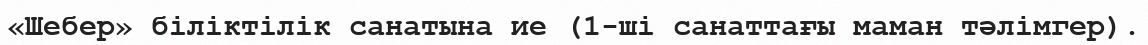
«Шебер» біліктілік санатына ие (1-ші санаттағы маман тәлімгер).